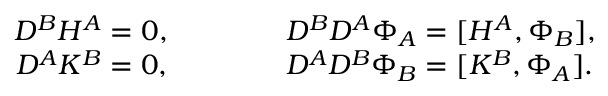
\begin{array} { c } { { D ^ { B } H ^ { A } = 0 , \qquad \qquad D ^ { B } D ^ { A } \Phi _ { A } = [ H ^ { A } , \Phi _ { B } ] , } } \\ { { D ^ { A } K ^ { B } = 0 , \qquad \qquad D ^ { A } D ^ { B } \Phi _ { B } = [ K ^ { B } , \Phi _ { A } ] . } } \end{array}